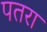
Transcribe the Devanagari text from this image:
पतरा